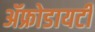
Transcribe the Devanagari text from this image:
ॲफ्रोडायटी